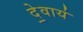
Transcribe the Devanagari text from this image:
दे॒वाय॑